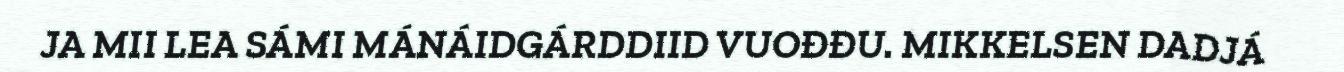
JA MII LEA SÁMI MÁNÁIDGÁRDDIID VUOĐĐU. MIKKELSEN DADJÁ